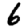
Digit: 6